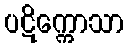
ပဋိက္ကောသာ